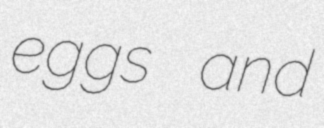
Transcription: eggs and